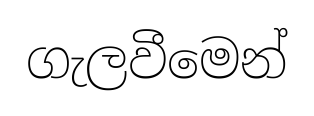
ගැලවීමෙන්